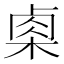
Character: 𭪢